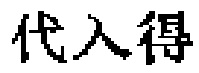
代入得